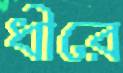
ধীরে